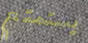
يستمتع